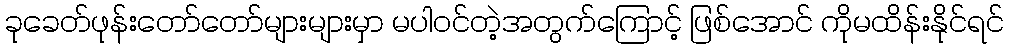
ခုခေတ်ဖုန်းတော်တော်များများမှာ မပါဝင်တဲ့အတွက်ကြောင့် ဖြစ်အောင် ကိုမထိန်းနိုင်ရင်